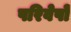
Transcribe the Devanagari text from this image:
परिवेषों